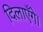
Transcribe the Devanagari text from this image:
दिलाएँगे।